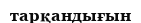
тарқандығын